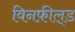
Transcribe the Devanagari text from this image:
विनफ़ील्‌ड